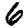
Digit: 6